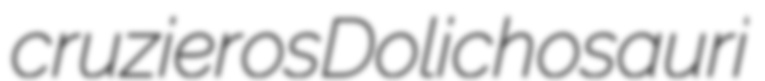
cruzieros Dolichosauri